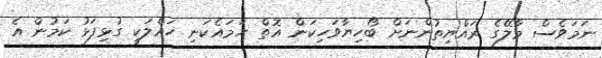
ނަމަވެސް މާލޭގެ ރައްޔިތުންނަށް ބޯހިޔާވަހިކަން އޮތް ހަމައެކަނި ހައްލަކީ ގުޅިފަޅު ކަމުން އެ